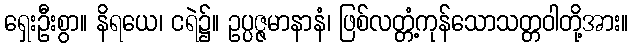
ရှေးဦးစွာ။ နိရယေ၊ ငရဲ၌။ ဥပ္ပဇ္ဇမာနာနံ၊ ဖြစ်လတ္တံ့ကုန်သောသတ္တဝါတို့အား။